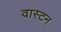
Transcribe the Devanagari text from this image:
वास्टन